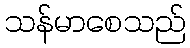
သန်မာစေသည်